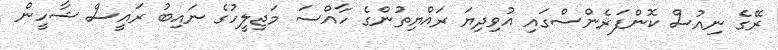
ރޭގެ ނިއުސް ކޮންފަރެންސްގައި އުވިދިޔަ ރައްޔިތުންގެ ހާއްސަ މަޖިލީހުގެ ނައިބު ރައީސް ޝާހީން